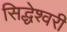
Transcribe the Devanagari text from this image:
सिद्धेश्‍वरी